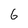
Character: 6